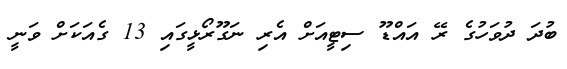
ބުދަ ދުވަހުގެ ރޭ އައްޑޫ ސިޓީއަށް އެރި ނަގޫރޯޅީގައި 13 ގެއަކަށް ވަނީ